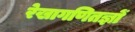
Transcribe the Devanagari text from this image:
रेखागणितज्ञों